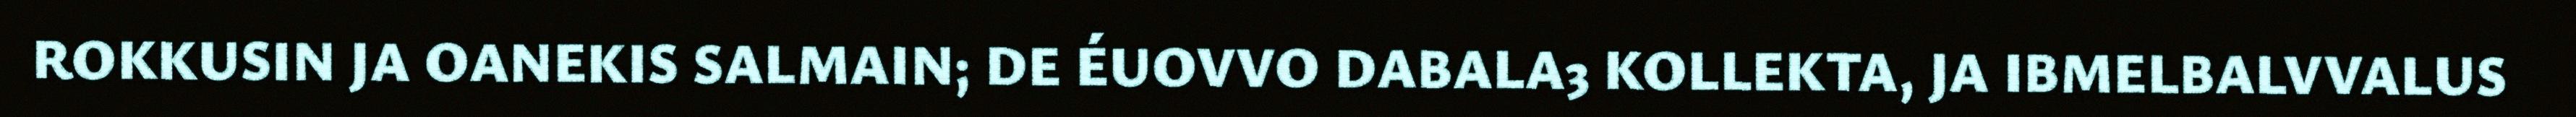
ROKKUSIN JA OANEKIS SALMAIN; DE ÉUOVVO DABALA3 KOLLEKTA, JA IBMELBALVVALUS